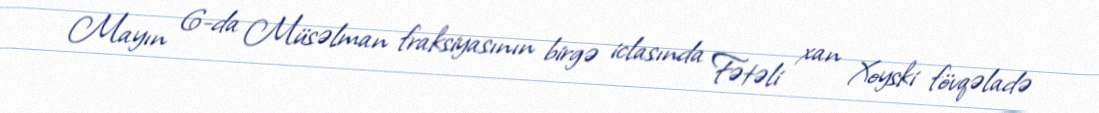
Mayın 6-da Müsəlman fraksiyasının birgə iclasında Fətəli xan Xoyski fövqəladə